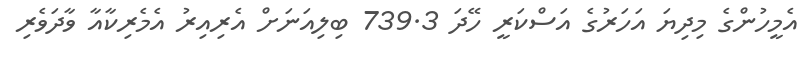
އެމީހުންގެ މިދިޔަ އަހަރުގެ އަސްކަރީ ހޭދަ 739.3 ބިލިއަނަށް އެރިއިރު އެމެރިކާއާ ވާދަވެރި